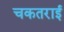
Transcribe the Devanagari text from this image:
चकतराई